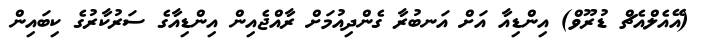
(އޭއެލްއެޗް ޑުރޫވް) އިންޑިއާ އަށް އަނބުރާ ގެންދިއުމަށް ރާއްޖެއިން އިންޑިއާގެ ސަރުކާރުގެ ކިބައިން